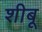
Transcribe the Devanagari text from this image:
शीबू